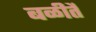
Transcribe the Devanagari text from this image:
बळीतै